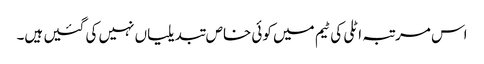
اس مرتبہ اٹلی کی ٹیم میں کوئی خاص تبدیلیاں نہیں کی گئیں ہیں۔